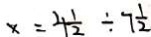
x = 4 \frac { 1 } { 2 } \div 7 \frac { 1 } { 2 }